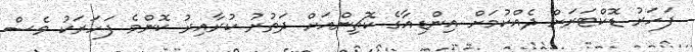
ފަހަރު ޑޮކްޓަރަށް ދެއްކުމަށް އިންޑިއާގެ ކޮޗިންއަށް ދަތުރު ކުރާއިރު ކޮންމެ ފަހަރަކު ވެސް